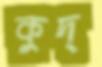
কুদ্‌